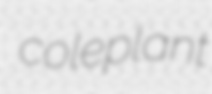
coleplant